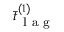
\bar { t } _ { \mathrm { ~ l ~ a ~ g ~ } } ^ { ( 1 ) }